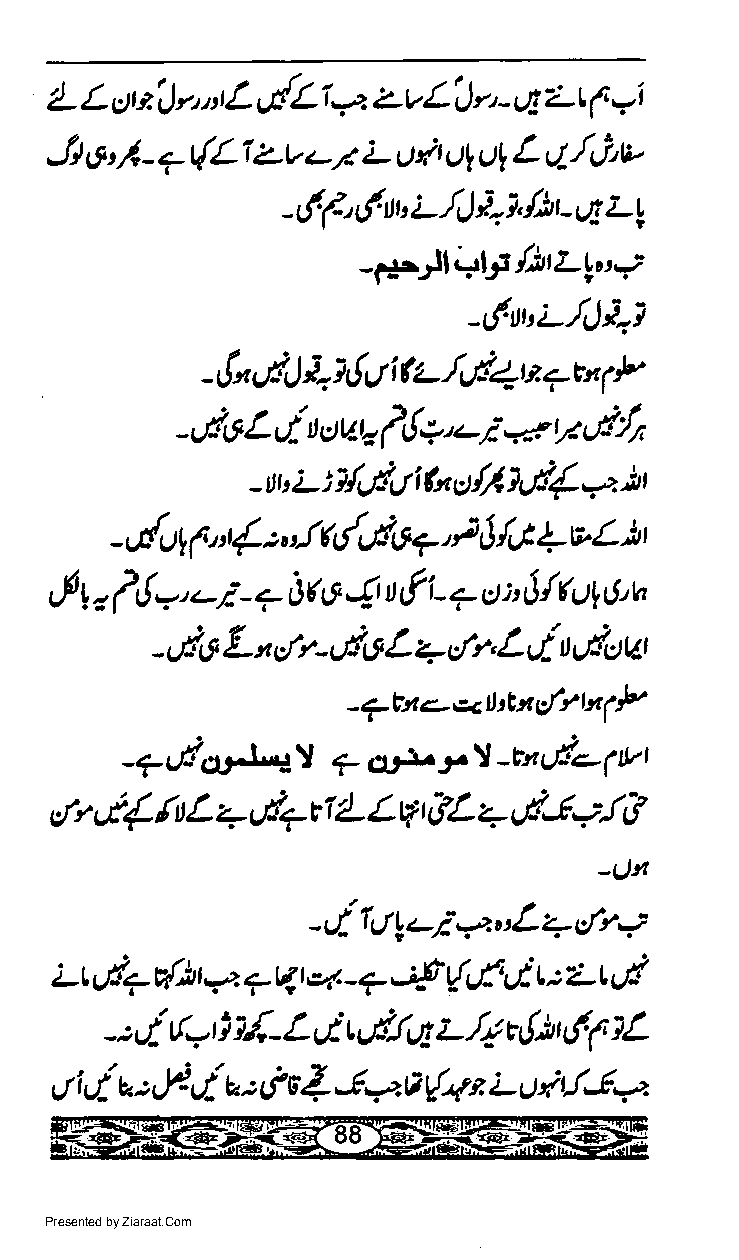
L L ct eJ n t LvdLi *z Lv LJ v, - u! Lt ( wi
 zv'/
 Jt e' I + t{Li       L o4  ul ul L rl/,i'u
 -
 - 6 f tf u' i- /'J i.i, /,h r - ;6 z-t"
 '
 -s+)l4tt/itLg',+
 -6w'i-.4)t 't
 t- /,/1t      P
 - {n'.1,) }.,7! rt i  t +t" (
 ilq'-i        d{r
 -,Jd6L,/             <r  r
 tJ,tJuJ.        t
 il/tt    /l lct{., ),
 L        h
 - u, :    i  tt
 - &(),, 1 j { t,,ft d,d\t 7, t U& +v L )t
 ,-Ft, fr!.'-i - + Oc c 4 u f i- + c) r' J/fu1 6'n
 i
 L  {r-c{o L +,r'r, L  t,.tlJur
 '16
 "
 -7br<.-*,tl./,,xtttxl)e
 )          l
 -f l-rfor-t+  ?4-&t      -Eiul+(Yl
 I
 'ft d{. fi t L + vi+t r 4- L tl tL + dJ,-;. &
 -tltl
 -dfrt!-i+"L+d"+
 Lt u{+ {)r vz + 4r q - f 4 {'.f-',t L : L L d
 t,l (=t ld L,,t q.tl,a z /! q!; t,l OL
 i
 -          -
 J i'/ r. t Je ur- r. t i s 1 -( -z a {4 t L u r rfJa
 Presented by Ziaraat.Com